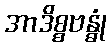
အာဒိစ္စဗန္ဓုံ